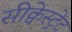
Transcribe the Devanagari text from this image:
सीक्वेस्ट्रेंट